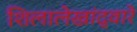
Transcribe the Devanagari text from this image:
शिलालेखांद्वारे